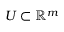
U \subset \mathbb { R } ^ { m }